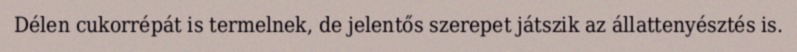
Délen cukorrépát is termelnek, de jelentős szerepet játszik az állattenyésztés is.